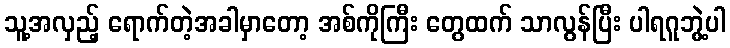
သူ့အလှည့် ရောက်တဲ့အခါမှာတော့ အစ်ကိုကြီး တွေထက် သာလွန်ပြီး ပါရဂူဘွဲ့ပါ